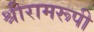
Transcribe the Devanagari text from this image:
श्रीरामरूपी